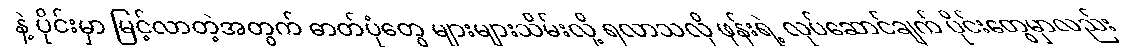
နဲ့ ပိုင်းမှာ မြင့်လာတဲ့အတွက် ဓာတ်ပုံတွေ များများသိမ်းလို့ ရလာသလို ဖုန်းရဲ့ လုပ်ဆောင်ချက် ပိုင်းတွေမှာလည်း